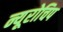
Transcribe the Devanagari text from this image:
न्यूरोचिप